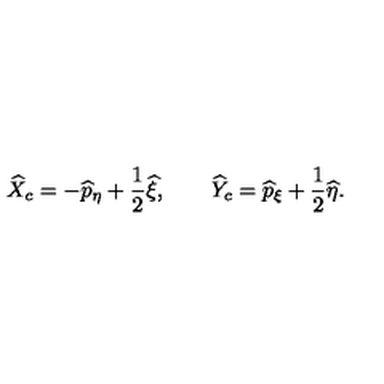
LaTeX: \widehat { X } _ { c } = - \widehat { p } _ { \eta } + \frac { 1 } { 2 } \widehat { \xi } , \qquad \widehat { Y } _ { c } = \widehat { p } _ { \xi } + \frac { 1 } { 2 } \widehat { \eta } .